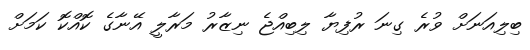
ބިލިއަނަށް ވުރެ ގިނަ ރުފިޔާ ލިބިއްޖެ ނިޒާރު މަރާލީ އޭނާގެ ކޮއްކޮ ކަމަށް